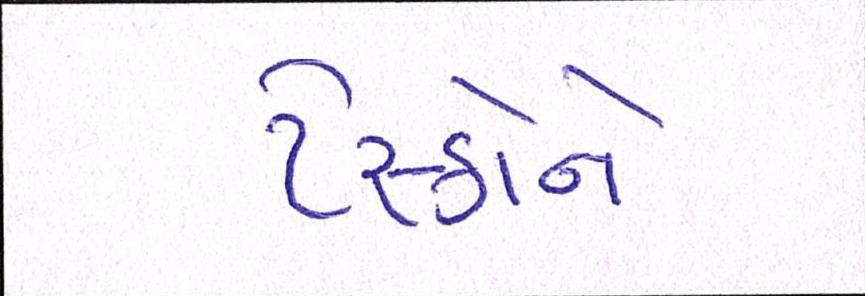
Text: ટેસ્કોને